Annual report on the mental hospital in the Central Provinces and Berar (Nagpur) - 1927-1951
Year: 1927
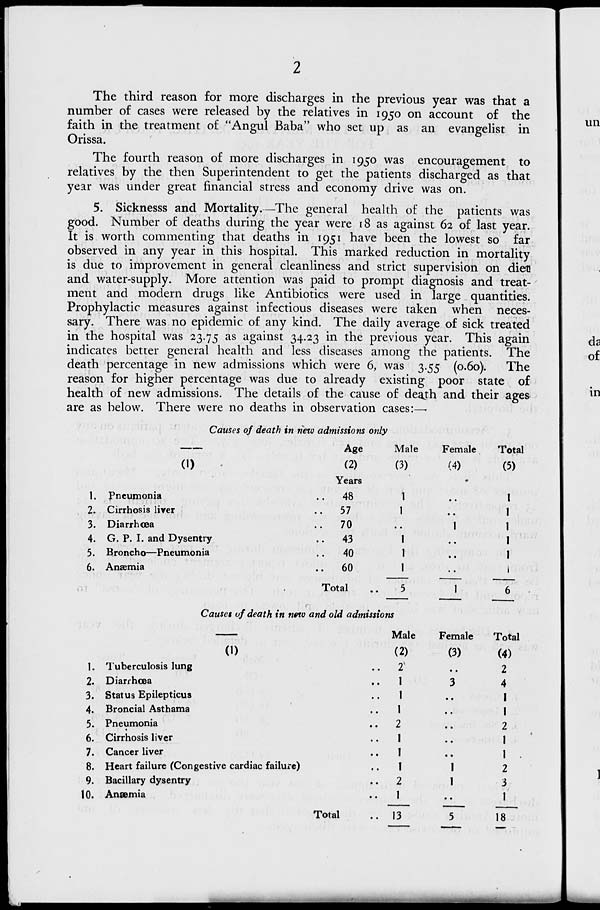
The third reason for more discharges in the previous year was that a
number of cases were released by the relatives in 1950 on account of the
faith in the treatment of "Angul Baba" who set up as an evangelist in
Orissa.
The fourth reason of more discharges in 1950 was encouragement to
relatives by the then Superintendent to get the patients discharged as that
year was under great financial stress and economy drive was on.
5. Sicknesss and Mortality.—The general health of the patients was
good. Number of deaths during the year were 18 as against 62 of last year.
It is worth commenting that deaths in 1951 have been the lowest so far
observed in any year in this hospital. This marked reduction in mortality
is due to improvement in general cleanliness and strict supervision on diet
and water-supply. More attention was paid to prompt diagnosis and treat-
ment and modern drugs like Antibiotics were used in large quantities.
Prophylactic measures against infectious diseases were taken when neces-
sary. There was no epidemic of any kind. The daily average of sick treated
in the hospital was 23.75 as against 34.23 in the previous year. This again
indicates better general health and less diseases among the patients. The
death percentage in new admissions which were 6, was 3.55 (0.60).
The
reason for higher percentage was due to already existing poor state of
health of new admissions. The details of the cause of deajh and their ages
are as below. There were no deaths in observation cases:—-
Causes of death in new admissions only
Age
(1)
•
(2)
Years
1. Pneumonia
..
48
2. Cirrhosis liver
..
57
3. Diarrhcea
..
70
4. G. P. I. and Dysentry
..
43
5. Broncho—Pneumonia
..
40
6. Anaemia
..
60
Male
(3)
1
Female
(4)
Total
(5)
1
Total
5
1
6
Causes uf death in netv and old admissions
Male
Female
Total
(1)
(2)
(3)
(4)
1. Tuberculosis lung
.
2'
..
2
2. Diarrhcea
.
1
3
4
3. Status Epilepticus
.
1
I
4. Broncial Asthama
1
1
5. Pneumonia
.
2
2
6. Cirrhosis liver
1
1
7. Cancer liver
.
1
1
8. Heart failure (Conj festive cardiac failure)
.
1
1
2
9. Bacillary dysentry
.
2
1
3
10. Anaemia
.
1
• •
1
Total
. 13
5
18